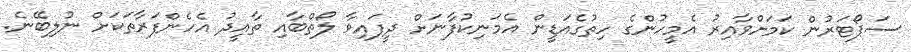
ސަޕޯޓަރުން ކަމަށްވާއިރު އެމީހުންގެ ހިތުގެއަޑީން އެމަނިކުފާނަށް ދީފައިވާ ލޯތްބާއި ތާއީދު އެހެންފަރާތަކަށް ނުލިބޭނެ.